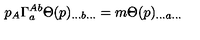
p _ { A } \Gamma _ { a } ^ { A b } \Theta ( p ) _ { . . . b . . . } = m \Theta ( p ) _ { . . . a . . . }